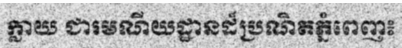
ក្លាយ ជារមណីយដ្ឋានដ៏ប្រណិតភ្នំពេញ៖